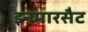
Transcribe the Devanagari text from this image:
इनमारसैट